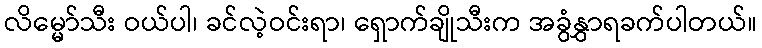
လိမ္မော်သီး ဝယ်ပါ၊ ခင်လဲ့ဝင်းရာ၊ ရှောက်ချိုသီးက အခွံနွှာရခက်ပါတယ်။